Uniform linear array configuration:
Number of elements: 48
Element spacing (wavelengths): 0.5
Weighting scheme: uniform
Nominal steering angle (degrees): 0
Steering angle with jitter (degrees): -1.032
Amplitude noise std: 0.05
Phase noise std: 0.05

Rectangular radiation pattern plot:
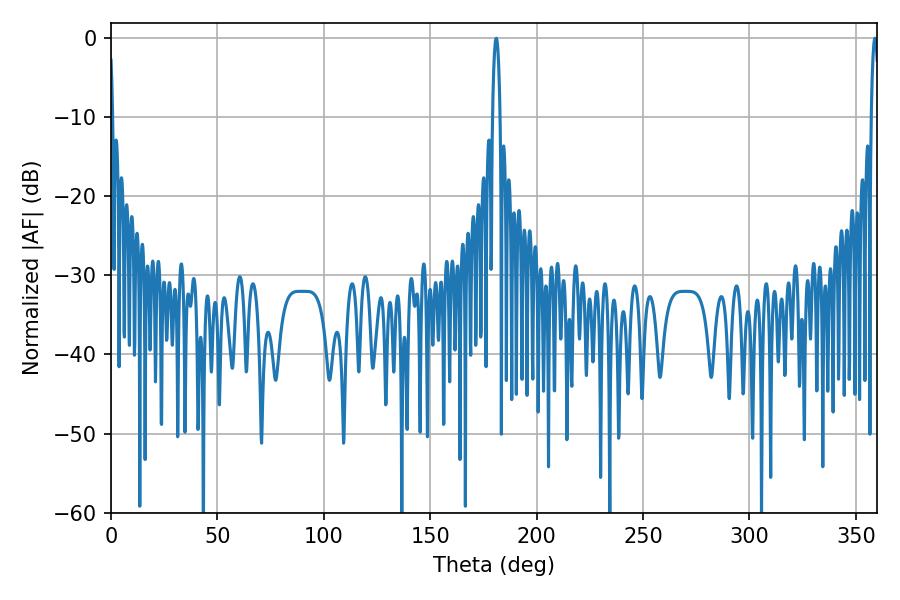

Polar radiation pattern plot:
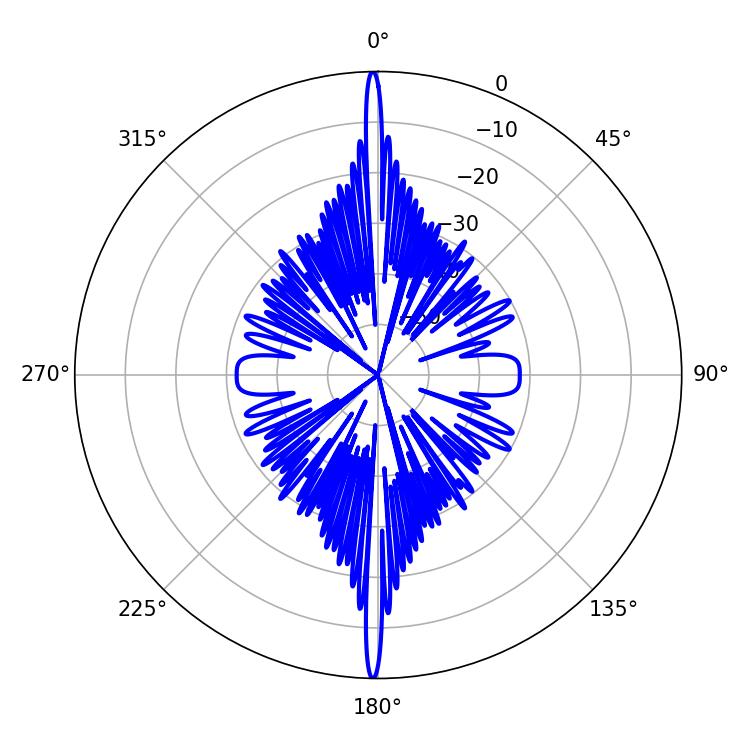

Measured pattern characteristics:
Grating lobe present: FALSE
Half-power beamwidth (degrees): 1.98
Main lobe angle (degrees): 358.92